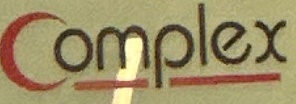
Complex